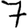
Digit: 7